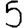
Digit: 5